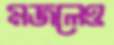
মজলেও